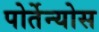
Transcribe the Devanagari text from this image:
पोर्तेन्योस